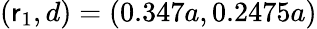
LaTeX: (\mathsf{r}_{1},d)=(0.347a,0.2475a)